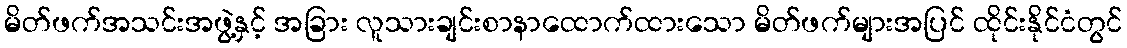
မိတ်ဖက်အသင်းအဖွဲ့နှင့် အခြား လူသားချင်းစာနာထောက်ထားသော မိတ်ဖက်များအပြင် ထိုင်းနိုင်ငံတွင်